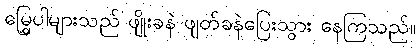
မြွှေပါများသည် ဖျိုးခနဲ ဖျတ်ခနဲပြေးသွား နေကြသည်။